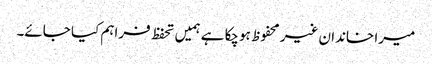
میرا خاندان غیر محفوظ ہوچکا ہے ہمیں تحفظ فراہم کیا جائے۔